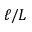
\ell / L